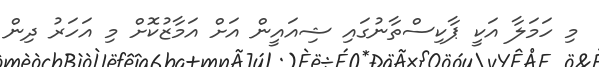
މި ހަމަލާ އަކީ ޕާކިސްތާނުގައި ޝިއައީން އަށް އަމާޒުކޮށް މި އަހަރު ދިން